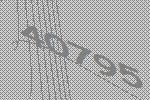
40795